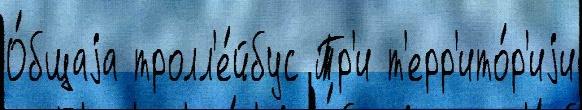
О́бщаjа тролл'е́йбус Тр'и т'ерр'ито́р'иjи